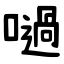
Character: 㗻